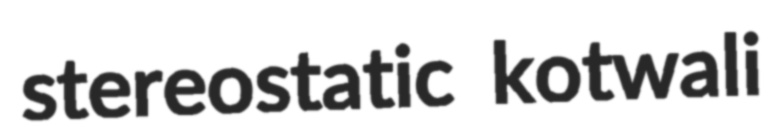
stereostatic kotwali